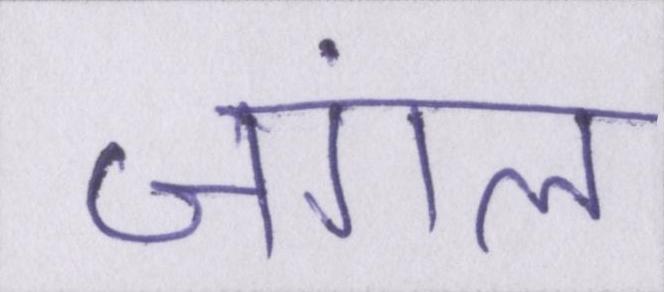
जंगल